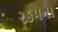
રકમના